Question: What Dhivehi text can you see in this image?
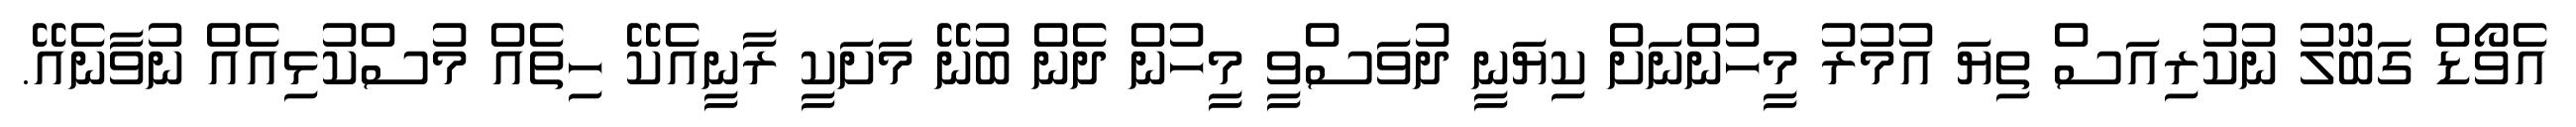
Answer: އެވޯޑް ގަބޫލު ނުކުރިއަސް ތިޔަ އުމުރު މީހުންނަށް ކިޔަނީ ދުވަސްވީ މީހުން ދެން ބުނޭ މަށަކީ ރާނީއެކޭ ހިތެއް މުސްކުޅިއެއް ނުވާނެއޭ.